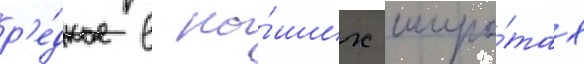
р'е́дкое в на́ших широ́тах